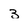
Character: 3